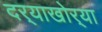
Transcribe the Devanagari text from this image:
दर्‍याखोर्‍या